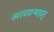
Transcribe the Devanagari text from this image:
व्यरचयन्महत्